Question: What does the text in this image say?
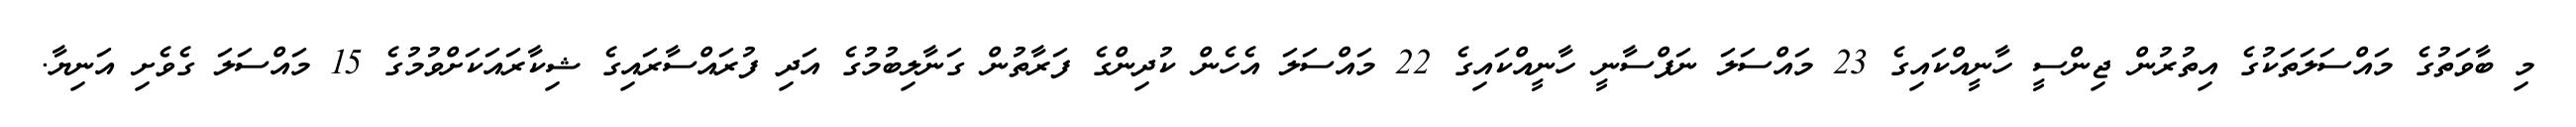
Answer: މި ބާވަތުގެ މައްސަލަތަކުގެ އިތުރުން ޖިންސީ ހާނީއްކައިގެ 23 މައްސަލަ ނަފްސާނީ ހާނީއްކައިގެ 22 މައްސަލަ އެހެން ކުދިންގެ ފަރާތުން ގަނާލިބުމުގެ އަދި ފުރައްސާރައިގެ ޝިކާރައަކަށްވުމުގެ 15 މައްސަލަ ގެވެށި އަނިޔާ.